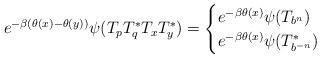
LaTeX: \begin{align*}e^{-\beta(\theta(x)-\theta(y))}\psi(T_pT_q^*T_xT_y^*) =\begin{cases}e^{-\beta\theta(x)} \psi(T_{b^n}) &\\e^{-\beta\theta(x)} \psi(T_{b^{-n}}^*) &\end{cases} \end{align*}